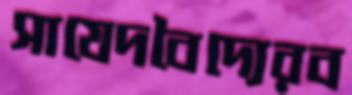
সাযেদবৈদ্যেরব